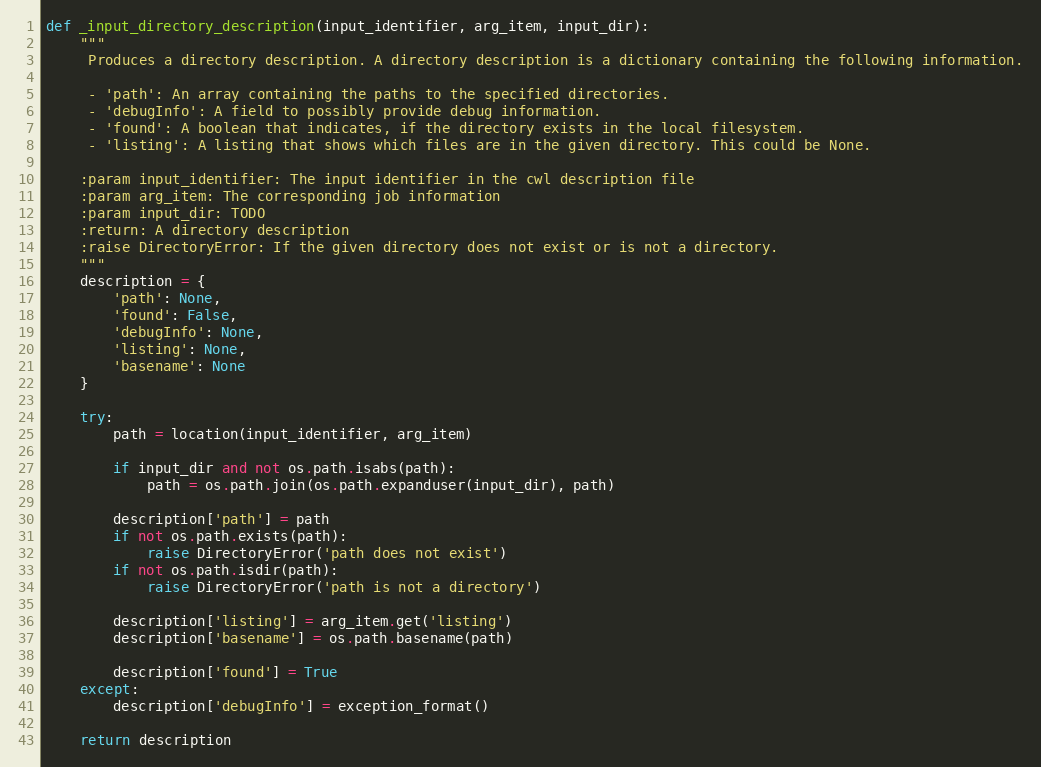
Language: Python
def _input_directory_description(input_identifier, arg_item, input_dir):
    """
     Produces a directory description. A directory description is a dictionary containing the following information.

     - 'path': An array containing the paths to the specified directories.
     - 'debugInfo': A field to possibly provide debug information.
     - 'found': A boolean that indicates, if the directory exists in the local filesystem.
     - 'listing': A listing that shows which files are in the given directory. This could be None.

    :param input_identifier: The input identifier in the cwl description file
    :param arg_item: The corresponding job information
    :param input_dir: TODO
    :return: A directory description
    :raise DirectoryError: If the given directory does not exist or is not a directory.
    """
    description = {
        'path': None,
        'found': False,
        'debugInfo': None,
        'listing': None,
        'basename': None
    }

    try:
        path = location(input_identifier, arg_item)

        if input_dir and not os.path.isabs(path):
            path = os.path.join(os.path.expanduser(input_dir), path)

        description['path'] = path
        if not os.path.exists(path):
            raise DirectoryError('path does not exist')
        if not os.path.isdir(path):
            raise DirectoryError('path is not a directory')

        description['listing'] = arg_item.get('listing')
        description['basename'] = os.path.basename(path)

        description['found'] = True
    except:
        description['debugInfo'] = exception_format()

    return description